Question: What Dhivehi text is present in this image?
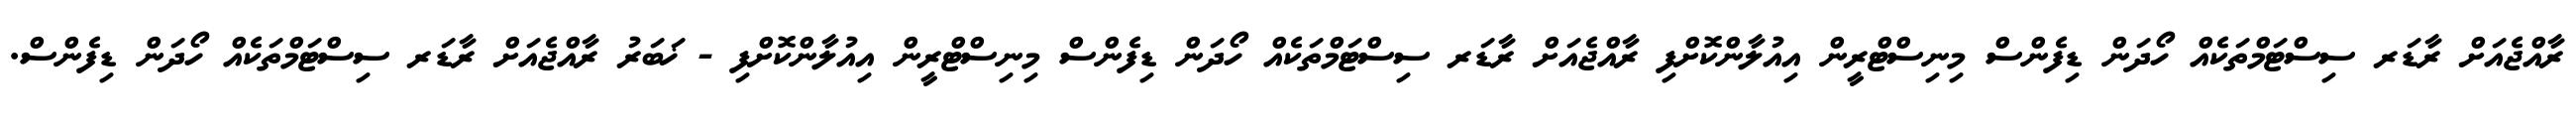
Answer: ރާއްޖެއަށް ރާޑަރ ސިސްޓަމްތަކެއް ހޯދަން ޑިފެންސް މިނިސްޓްރީން އިއުލާންކޮށްފި ރާއްޖެއަށް ރާޑަރ ސިސްޓަމްތަކެއް ހޯދަން ޑިފެންސް މިނިސްޓްރީން އިއުލާންކޮށްފި - ޚަބަރު ރާއްޖެއަށް ރާޑަރ ސިސްޓަމްތަކެއް ހޯދަން ޑިފެންސް.